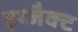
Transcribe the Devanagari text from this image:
इग्जैक्ट